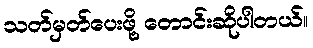
သတ်မှတ်ပေးဖို့ တောင်းဆိုပါတယ်။